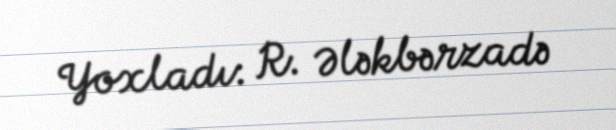
Yoxladı: R. Ələkbərzadə